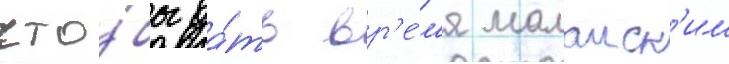
что́бы да́ть вр'е́м'я малаиск'им